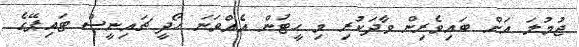
ޖުމުލަ އަށް ބައިވެރިން ވާދަކުރި މި ހީޓުން އެެއްވަނަ ހޯދީ ޗައިނީސް ޓައިޕޭގެ